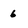
Character: 6